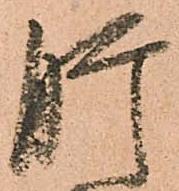
肝